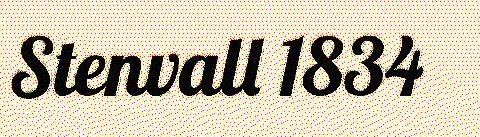
Stenvall 1834